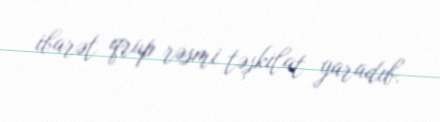
ibarət qrup rəsmi təşkilat yaradıb.